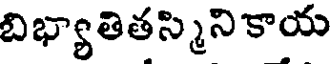
బిభ్యాతితస్మినికాయ